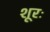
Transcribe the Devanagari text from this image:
शूरः